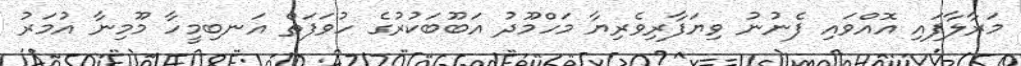
މަރާލާފައި އޮއްވައި ފެނުނު ވިޔަފާރިވެރިޔާ މަހްމޫދު އަބޫބަކުރުގެ ހުވަފަތް އަނބިމީހާ މޫމިނާ އުމަރު